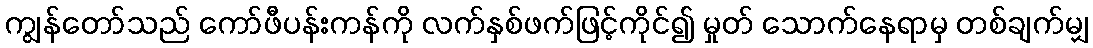
ကျွန်တော်သည် ကော်ဖီပန်းကန်ကို လက်နှစ်ဖက်ဖြင့်ကိုင်၍ မှုတ် သောက်နေရာမှ တစ်ချက်မျှ